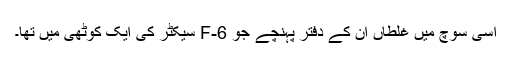
اسی سوچ میں غلطاں ان کے دفتر پہنچے جو F-6 سیکٹر کی ایک کوٹھی میں تھا۔